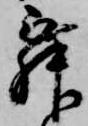
舞